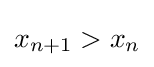
x_{n+1}>x_{n}